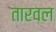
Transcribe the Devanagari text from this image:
तारवल